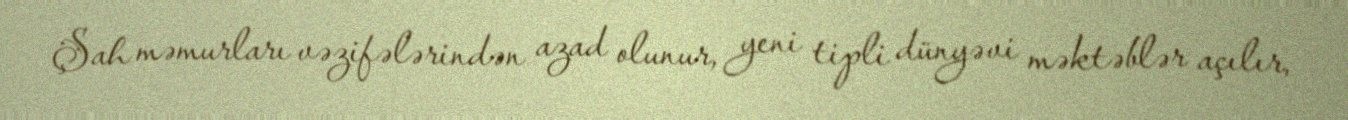
Şah məmurları vəzifələrindən azad olunur, yeni tipli dünyəvi məktəblər açılır,